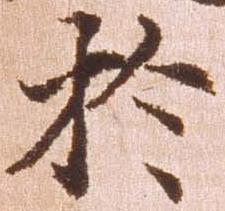
於